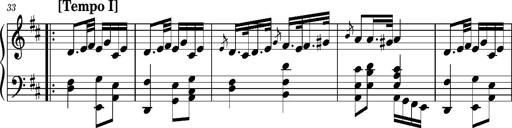
Title: Ungarischer Romanzero
Composer: Franz Liszt